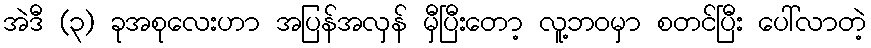
အဲဒီ (၃) ခုအစုလေးဟာ အပြန်အလှန် မှီပြီးတော့ လူ့ဘဝမှာ စတင်ပြီး ပေါ်လာတဲ့